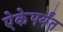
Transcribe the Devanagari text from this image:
ऐकेपर्यंत